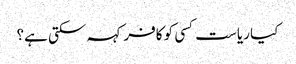
کیا ریاست کسی کو کافر کہہ سکتی ہے؟